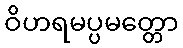
ဝိဟရမပ္ပမတ္တော